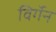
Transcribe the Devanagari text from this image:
विर्गेन